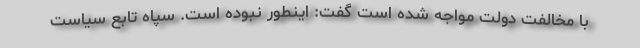
با مخالفت دولت مواجه شده است گفت: اینطور نبوده است. سپاه تابع سیاست